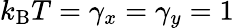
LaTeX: k_{\mathrm{B}}T=\gamma_{x}=\gamma_{y}=1